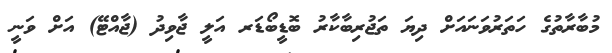
މުބާރާތުގެ ހަތަރުވަނައަށް ދިޔަ ތަޖުރިބާކާރު ބޮޑީބޯޑަރ އަލީ ޖާވިދު (ޖާއްޓޭ) އަށް ވަނީ